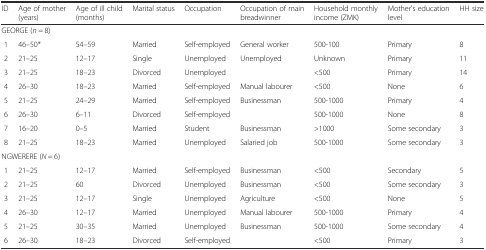
| ID | Age of mother (years) | Age of ill child (months) | Marital status | Occupation | Occupation of main breadwinner | Household monthly income (ZMK) | Mother's education level | HH size |
 | --- | --- | --- | --- | --- | --- | --- | --- | --- |
 | <COLSPAN=9> GEORGE (n = 8) |
 | 1 | 46–50* | 54–59 | Married | Self-employed | General worker | 500-100 | Primary | 8 |
 | 2 | 21–25 | 12–17 | Single | Unemployed | Unemployed | Unknown | Primary | 11 |
 | 3 | 21–25 | 18–23 | Divorced | Unemployed |  | <500 | Primary | 14 |
 | 4 | 26–30 | 18–23 | Married | Self-employed | Manual labourer | <500 | None | 6 |
 | 5 | 21–25 | 24–29 | Married | Self-employed | Businessman | 500-1000 | Primary | 4 |
 | 6 | 26–30 | 6–11 | Divorced | Self-employed |  | 500-1000 | None | 8 |
 | 7 | 16–20 | 0–5 | Married | Student | Businessman | >1000 | Some secondary | 3 |
 | 8 | 21–25 | 18–23 | Married | Unemployed | Salaried job | 500-1000 | Some secondary | 3 |
 | <COLSPAN=9> NGWERERE (N = 6) |
 | 1 | 21–25 | 12–17 | Married | Self-employed | Businessman | <500 | Secondary | 5 |
 | 2 | 21–25 | 60 | Divorced | Unemployed | Businessman | <500 | Some secondary | 3 |
 | 3 | 21–25 | 12–17 | Single | Unemployed | Agriculture | <500 | None | 5 |
 | 4 | 26–30 | 12–17 | Married | Unemployed | Manual labourer | 500-1000 | Primary | 4 |
 | 5 | 21–25 | 30–35 | Married | Unemployed | Businessman | 500-1000 | Some secondary | 4 |
 | 6 | 26–30 | 18–23 | Divorced | Self-employed |  | <500 | Primary | 3 |